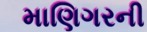
માણિગરની